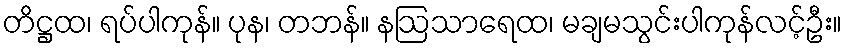
တိဋ္ဌထ၊ ရပ်ပါကုန်။ ပုန၊ တဘန်။ နဩသာရေထ၊ မချမသွင်းပါကုန်လင့်ဦး။